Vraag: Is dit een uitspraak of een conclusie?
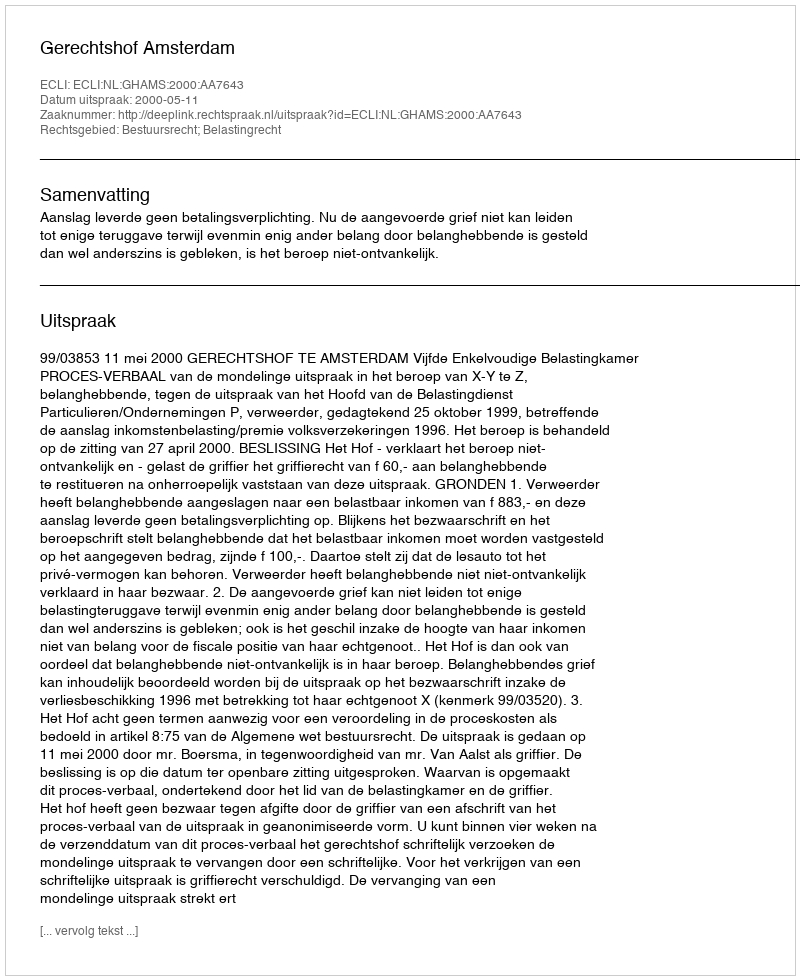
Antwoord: Uitspraak